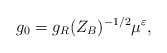
\begin{align*}g_{0}=g_{R}(Z_{B})^{-1/2}\mu^{\varepsilon},\end{align*}